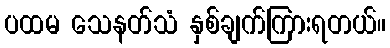
ပထမ သေနတ်သံ နှစ်ချက်ကြားရတယ်။